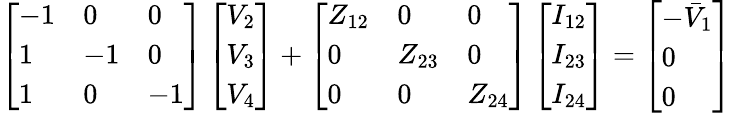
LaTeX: \begin{array}{r}{\left[\begin{array}{lll}{-1}&{0}&{0}\\ {1}&{-1}&{0}\\ {1}&{0}&{-1}\end{array}\right]\left[\begin{array}{l}{V_{2}}\\ {V_{3}}\\ {V_{4}}\end{array}\right]+\left[\begin{array}{lll}{Z_{12}}&{0}&{0}\\ {0}&{Z_{23}}&{0}\\ {0}&{0}&{Z_{24}}\end{array}\right]\left[\begin{array}{l}{I_{12}}\\ {I_{23}}\\ {I_{24}}\end{array}\right]=\left[\begin{array}{l}{-\bar{V}_{1}}\\ {0}\\ {0}\end{array}\right]}\end{array}